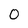
Character: 0